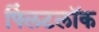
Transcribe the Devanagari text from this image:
फ्लिंटलॉक